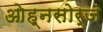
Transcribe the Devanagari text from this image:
ओह्नसोर्ज